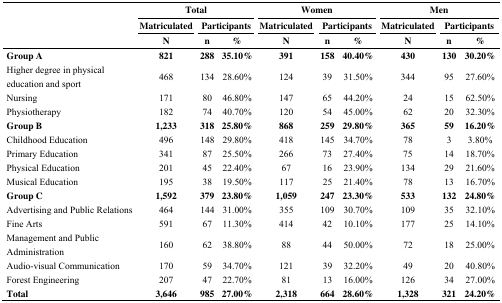
<table><thead><tr><td rowspan="3"></td><td colspan="3"><b>Total</b></td><td colspan="3"><b>Women</b></td><td colspan="3"><b>Men</b></td></tr><tr><td><b>Matriculated</b></td><td colspan="2"><b>Participants</b></td><td><b>Matriculated</b></td><td colspan="2"><b>Participants</b></td><td><b>Matriculated</b></td><td colspan="2"><b>Participants</b></td></tr><tr><td><b>N</b></td><td><b>n</b></td><td><b>%</b></td><td><b>N</b></td><td><b>n</b></td><td><b>%</b></td><td><b>N</b></td><td><b>n</b></td><td><b>%</b></td></tr></thead><tbody><tr><td><b>Group A</b></td><td><b>821</b></td><td><b>288</b></td><td><b>35.10%</b></td><td><b>391</b></td><td><b>158</b></td><td><b>40.40%</b></td><td><b>430</b></td><td><b>130</b></td><td><b>30.20%</b></td></tr><tr><td>Higher degree in physical education and sport</td><td>468</td><td>134</td><td>28.60%</td><td>124</td><td>39</td><td>31.50%</td><td>344</td><td>95</td><td>27.60%</td></tr><tr><td>Nursing</td><td>171</td><td>80</td><td>46.80%</td><td>147</td><td>65</td><td>44.20%</td><td>24</td><td>15</td><td>62.50%</td></tr><tr><td>Physiotherapy</td><td>182</td><td>74</td><td>40.70%</td><td>120</td><td>54</td><td>45.00%</td><td>62</td><td>20</td><td>32.30%</td></tr><tr><td><b>Group B</b></td><td><b>1,233</b></td><td><b>318</b></td><td><b>25.80%</b></td><td><b>868</b></td><td><b>259</b></td><td><b>29.80%</b></td><td><b>365</b></td><td><b>59</b></td><td><b>16.20%</b></td></tr><tr><td>Childhood Education</td><td>496</td><td>148</td><td>29.80%</td><td>418</td><td>145</td><td>34.70%</td><td>78</td><td>3</td><td>3.80%</td></tr><tr><td>Primary Education</td><td>341</td><td>87</td><td>25.50%</td><td>266</td><td>73</td><td>27.40%</td><td>75</td><td>14</td><td>18.70%</td></tr><tr><td>Physical Education</td><td>201</td><td>45</td><td>22.40%</td><td>67</td><td>16</td><td>23.90%</td><td>134</td><td>29</td><td>21.60%</td></tr><tr><td>Musical Education</td><td>195</td><td>38</td><td>19.50%</td><td>117</td><td>25</td><td>21.40%</td><td>78</td><td>13</td><td>16.70%</td></tr><tr><td><b>Group C</b></td><td><b>1,592</b></td><td><b>379</b></td><td><b>23.80%</b></td><td><b>1,059</b></td><td><b>247</b></td><td><b>23.30%</b></td><td><b>533</b></td><td><b>132</b></td><td><b>24.80%</b></td></tr><tr><td>Advertising and Public Relations</td><td>464</td><td>144</td><td>31.00%</td><td>355</td><td>109</td><td>30.70%</td><td>109</td><td>35</td><td>32.10%</td></tr><tr><td>Fine Arts</td><td>591</td><td>67</td><td>11.30%</td><td>414</td><td>42</td><td>10.10%</td><td>177</td><td>25</td><td>14.10%</td></tr><tr><td>Management and Public Administration</td><td>160</td><td>62</td><td>38.80%</td><td>88</td><td>44</td><td>50.00%</td><td>72</td><td>18</td><td>25.00%</td></tr><tr><td>Audio-visual Communication</td><td>170</td><td>59</td><td>34.70%</td><td>121</td><td>39</td><td>32.20%</td><td>49</td><td>20</td><td>40.80%</td></tr><tr><td>Forest Engineering</td><td>207</td><td>47</td><td>22.70%</td><td>81</td><td>13</td><td>16.00%</td><td>126</td><td>34</td><td>27.00%</td></tr><tr><td><b>Total</b></td><td><b>3,646</b></td><td><b>985</b></td><td><b>27.00%</b></td><td><b>2,318</b></td><td><b>664</b></td><td><b>28.60%</b></td><td><b>1,328</b></td><td><b>321</b></td><td><b>24.20%</b></td></tr></tbody></table>